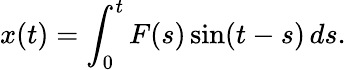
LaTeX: x(t)=\int_{0}^{t}F(s)\sin(t-s)\, ds.